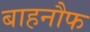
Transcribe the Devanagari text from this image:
बाहनौफ